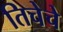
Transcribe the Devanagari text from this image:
तिचेचे